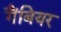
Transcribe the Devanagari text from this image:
गैंबियर